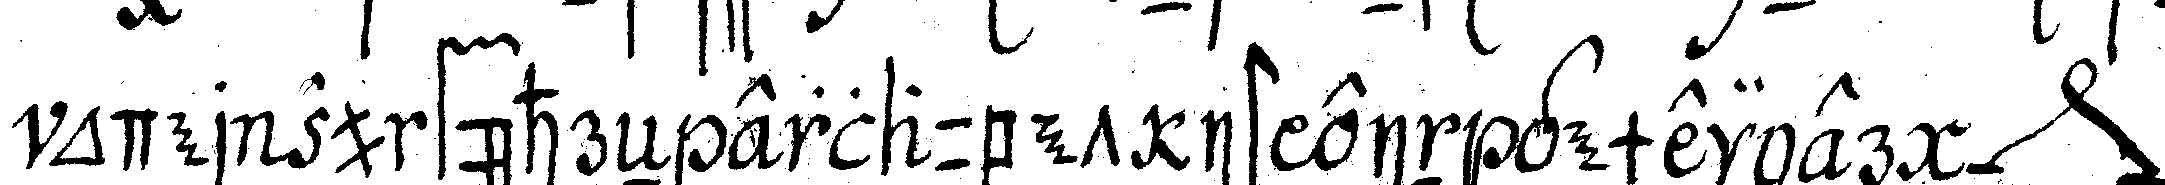
oder zu führeN erlaubet ist ein gemeiner *nee*